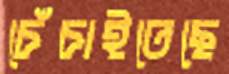
চেঁচাইতেছে